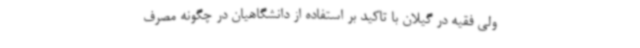
ولی فقیه در گیلان با تاکید بر استفاده از دانشگاهیان در چگونه مصرف